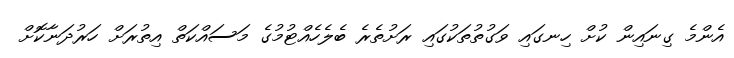
އެންމެ ގިނައިން ކުށް ހިނގައި ވަގުތުތަކުގައި ރަށުތެރެ ބެލެހެއްޓުމުގެ މަސައްކަތް އިތުރަށް ހަރުދަނާކޮށް